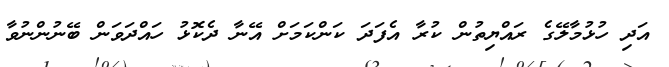
އަދި ހުޅުމާލޭގެ ރައްޔިތުން ކުރާ އެފަދަ ކަންކަމަށް އޭނާ ދެކޮޅު ހައްދަވަން ބޭނުންނުވާ